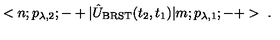
< n ; p _ { \lambda , 2 } ; - + | \hat { U } _ { \mathrm { B R S T } } ( t _ { 2 } , t _ { 1 } ) | m ; p _ { \lambda , 1 } ; - + > \ .